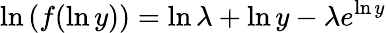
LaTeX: \ln{(f(\ln{y}))}=\ln{\lambda}+\ln{y}-\lambda e^{\ln{y}}